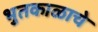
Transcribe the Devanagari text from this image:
भुतकाळाचे